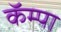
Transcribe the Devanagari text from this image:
कॅम्पा